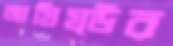
আযিয্উর